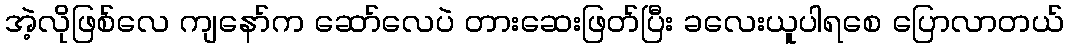
အဲ့လိုဖြစ်လေ ကျနော်က ဆော်လေပဲ တားဆေးဖြတ်ပြီး ခလေးယူပါရစေ ပြောလာတယ်